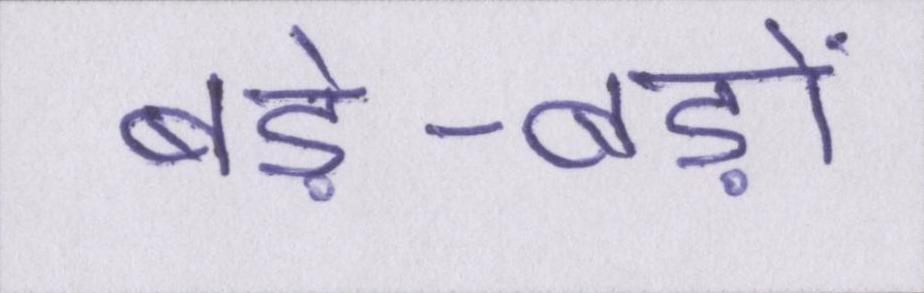
बड़े-बड़ों